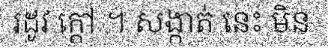
រដូវ ក្តៅ ។ សង្កាត់ នេះ មិន